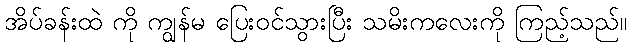
အိပ်ခန်းထဲ ကို ကျွန်မ ပြေးဝင်သွားပြီး သမိးကလေးကို ကြည့်သည်။